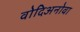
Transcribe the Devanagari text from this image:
वोदिअनोवा